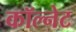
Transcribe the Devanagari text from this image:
कॉल्नेट